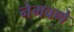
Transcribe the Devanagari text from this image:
नेमवणे